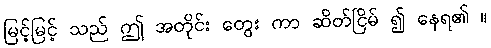
မြင့်မြင့် သည် ဤ အတိုင်း တွေး ကာ ဆိတ်ငြိမ် ၍ နေရ၏ ။